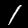
Label: 1